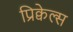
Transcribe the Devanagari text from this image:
प्रिक्वेल्स